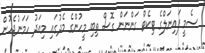
ސެމީ ފައިނަލްގެ ޓިކެޓް ގަންނަން ގޮސް ތިބި މީހުންގެ މެދުގައި މިއަދު ހަމަނުޖެހުން